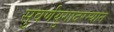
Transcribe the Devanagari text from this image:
सुवर्णयुगादरम्यान